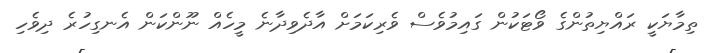
ތިމާޔަކީ ރައްޔިތުންގެ ވޯޓަކުން ގައިމުވެސް ވެރިކަމަށް އާދެވިދާނެ މީހެއް ނޫންކަން އެނގިހުރެ ދިވެހި